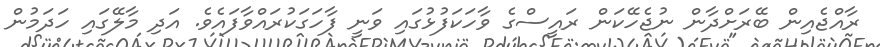
ރާއްޖެއިން ބޭރަށްދާން ނުޖެހޭކަން ރައީސްގެ ވާހަކަފުޅުގައި ވަނީ ފާހަގަކުރައްވާފައެވެ. އަދި މާލޭގައި ހަދަމުން